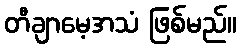
တီချာမေ့အသံ ဖြစ်မည်။